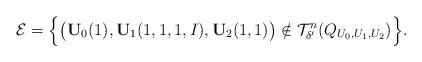
LaTeX: \begin{align*}\mathcal{E}=\Big\{\big(\mathbf{U}_0(1),\mathbf{U}_1(1,1,1,I),\mathbf{U}_2(1,1)\big)\notin\mathcal{T}_{\delta'}^n(Q_{U_0,U_1,U_2})\Big\}.\end{align*}